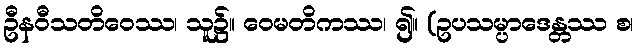
ဦနဝီသတိဝေဿ၊ သူ၌။ ဝေမတိကဿ၊ ၍။ (ဥပသမ္ပာဒေန္တဿ စ၊